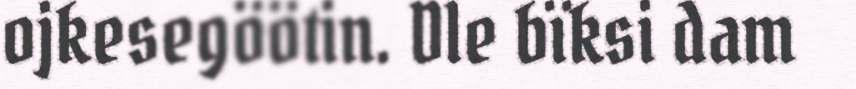
ojkesegöötin. Dle bïksi dam